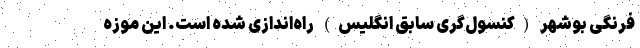
فرنگی بوشهر (کنسول‌گری سابق انگلیس) راه‌اندازی شده‌ است. این موزه